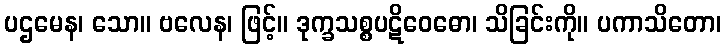
ပဌမေန၊ သော။ ဗလေန၊ ဖြင့်။ ဒုက္ခသစ္စပဋိဝေဓော၊ သိခြင်းကို။ ပကာသိတော၊